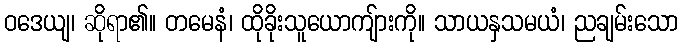
ဝဒေယျ၊ ဆိုရာ၏။ တမေနံ၊ ထိုခိုးသူယောကျ်ားကို။ သာယနှသမယံ၊ ညချမ်းသော